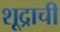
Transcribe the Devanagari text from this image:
शूद्राची